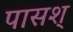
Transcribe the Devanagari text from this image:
पासश्